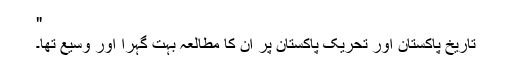
"
تاریخ پاکستان اور تحریک پاکستان پر ان کا مطالعہ بہت گہرا اور وسیع تھا۔